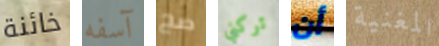
خائنة آسفه صح تركني أن المغنية